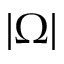
| \Omega |